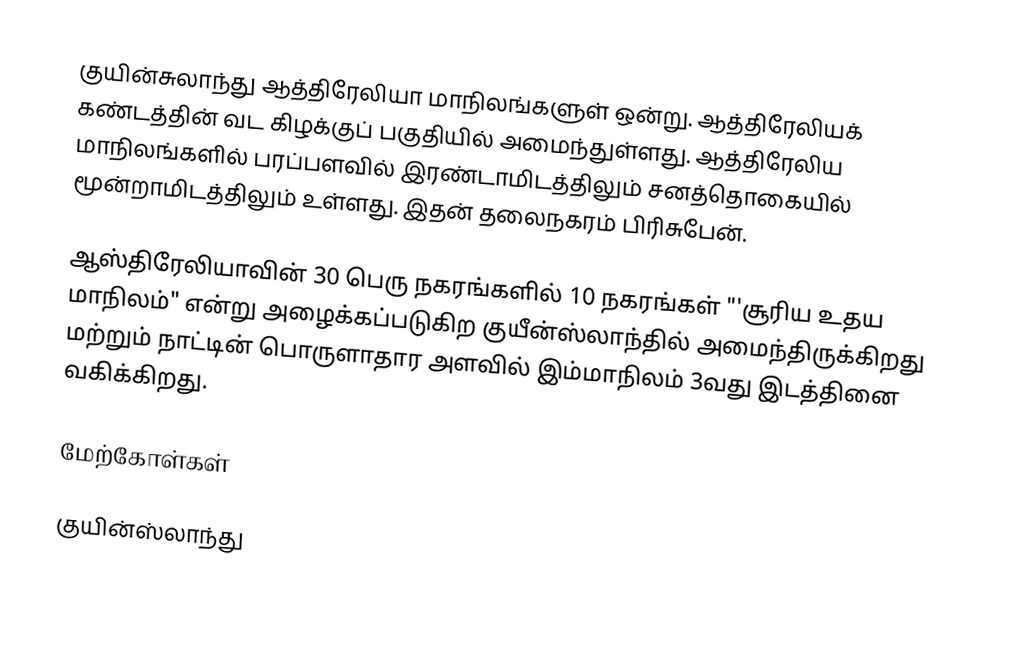
குயின்சுலாந்து ஆத்திரேலியா மாநிலங்களுள் ஒன்று. ஆத்திரேலியக் கண்டத்தின் வட கிழக்குப் பகுதியில் அமைந்துள்ளது. ஆத்திரேலிய மாநிலங்களில் பரப்பளவில் இரண்டாமிடத்திலும் சனத்தொகையில் மூன்றாமிடத்திலும் உள்ளது. இதன் தலைநகரம் பிரிசுபேன்.

ஆஸ்திரேலியாவின் 30 பெரு நகரங்களில் 10 நகரங்கள் "'சூரிய உதய மாநிலம்" என்று அழைக்கப்படுகிற குயீன்ஸ்லாந்தில் அமைந்திருக்கிறது மற்றும் நாட்டின் பொருளாதார அளவில் இம்மாநிலம் 3வது இடத்தினை வகிக்கிறது.

மேற்கோள்கள்

குயின்ஸ்லாந்து